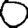
Digit: 0